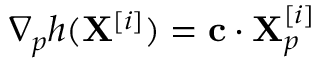
\nabla _ { p } h ( \mathbf { X } ^ { [ i ] } ) = \mathbf { c } \cdot \mathbf { X } _ { p } ^ { [ i ] }